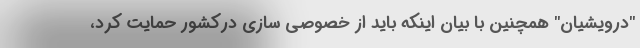
"درویشیان" همچنین با بیان اینکه باید از خصوصی سازی درکشور حمایت کرد،